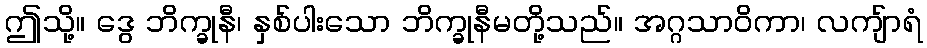
ဤသို့။ ဒွေ ဘိက္ခုနီ၊ နှစ်ပါးသော ဘိက္ခုနီမတို့သည်။ အဂ္ဂသာဝိကာ၊ လကျ်ာရံ